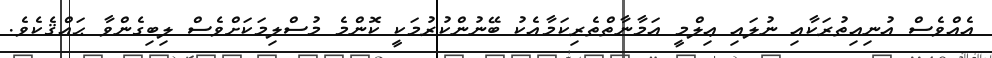
އެއްވެސް އުނިއިތުރަކާއި ނުލައި ޢިލްމީ އަމާނާތްތެރިކަމާއެކު ބޭނުންކުރުމަކީ ކޮންމެ މުސްލިމަކަށްވެސް ލިބިގެންވާ ޙައްޤެކެވެ.